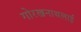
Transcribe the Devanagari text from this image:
गोरखनाथलाई